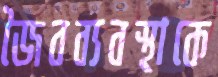
জৈবব্যবস্থাকে